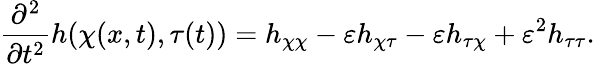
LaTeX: \frac{\partial^{2}}{\partial t^{2}}h(\chi(x,t),\tau(t))=h_{\chi\chi}-\varepsilon h_{\chi\tau}-\varepsilon h_{\tau\chi}+\varepsilon^{2}h_{\tau\tau}.